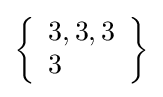
\left\{{\begin{array}{l}3,3,3\\3\end{array}}\right\}